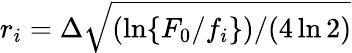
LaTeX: r_{i}=\Delta\sqrt{(\ln\lbrace F_{0}/f_{i}\rbrace)/(4\ln 2)}